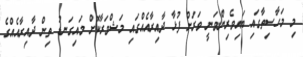
މި މަހާސިތާގައި ބައިވެރިންވަނީ ވަރަށް ފުޅާ ދާއިރާއެއްގައި މަޝްވަރާކޮށް މައިގަނޑު ތިން ދާއިރާއެއްގެ